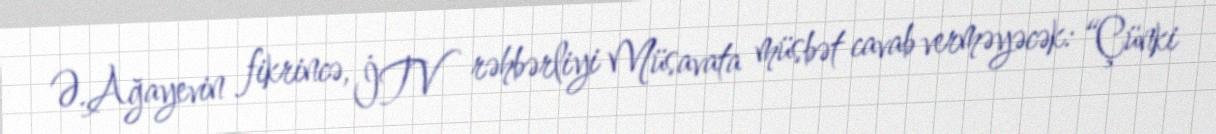
Ə.Ağayevin fikrincə, İTV rəhbərliyi Müsavata müsbət cavab verməyəcək: “Çünki